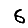
Digit: 6